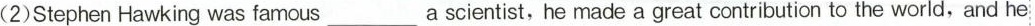
(2)Stephen Hawking was famous___a scientist, he made a great contribution to the world,and he